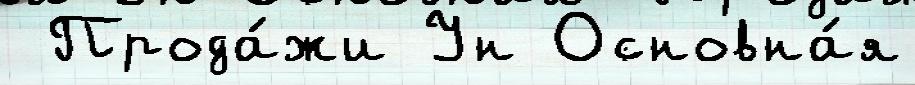
 Прода́жи Ун Основна́я